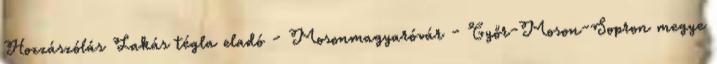
Hozzászólás Lakás tégla eladó - Mosonmagyaróvár - Győr-Moson-Sopron megye